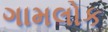
ગામલોક